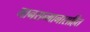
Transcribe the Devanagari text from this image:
मानसन्मानासहित